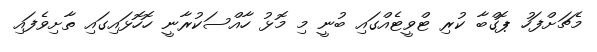
މެޗަށްފަހު ޕޮގްބާ ކުރި ޓްވީޓެއްގައި ބުނީ މި މޮޅު ހާއްސަކުރާނީ ހޮހޮޅައިގައި ތާށިވެފައި